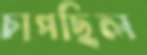
চাপছিল